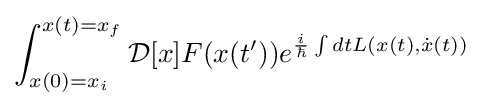
\int _{x(0)=x_{i}}^{x(t)=x_{f}}{\mathcal {D}}[x]F(x(t'))e^{{\frac {i}{\hbar }}\int dtL(x(t),{\dot {x}}(t))}